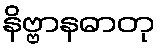
နိဗ္ဗာနဓာတု